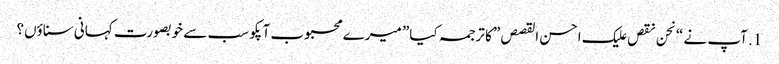
1. آپ نے “نحن نقص علیک احسن القصص” کا ترجمہ کیا” میرے محبوب آپکو سب سے خوبصورت کہانی سناؤں؟